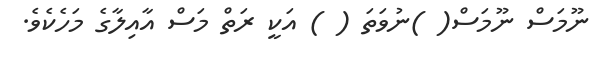
ނޫމަސް ނޫމަސް( )ނުވަތަ ( ) އަކީ ރަތް މަސް އާއިލާގެ މަހެކެވެ.